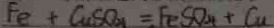
F e + C u S O _ { 4 } = F e S O _ { 4 } + C u